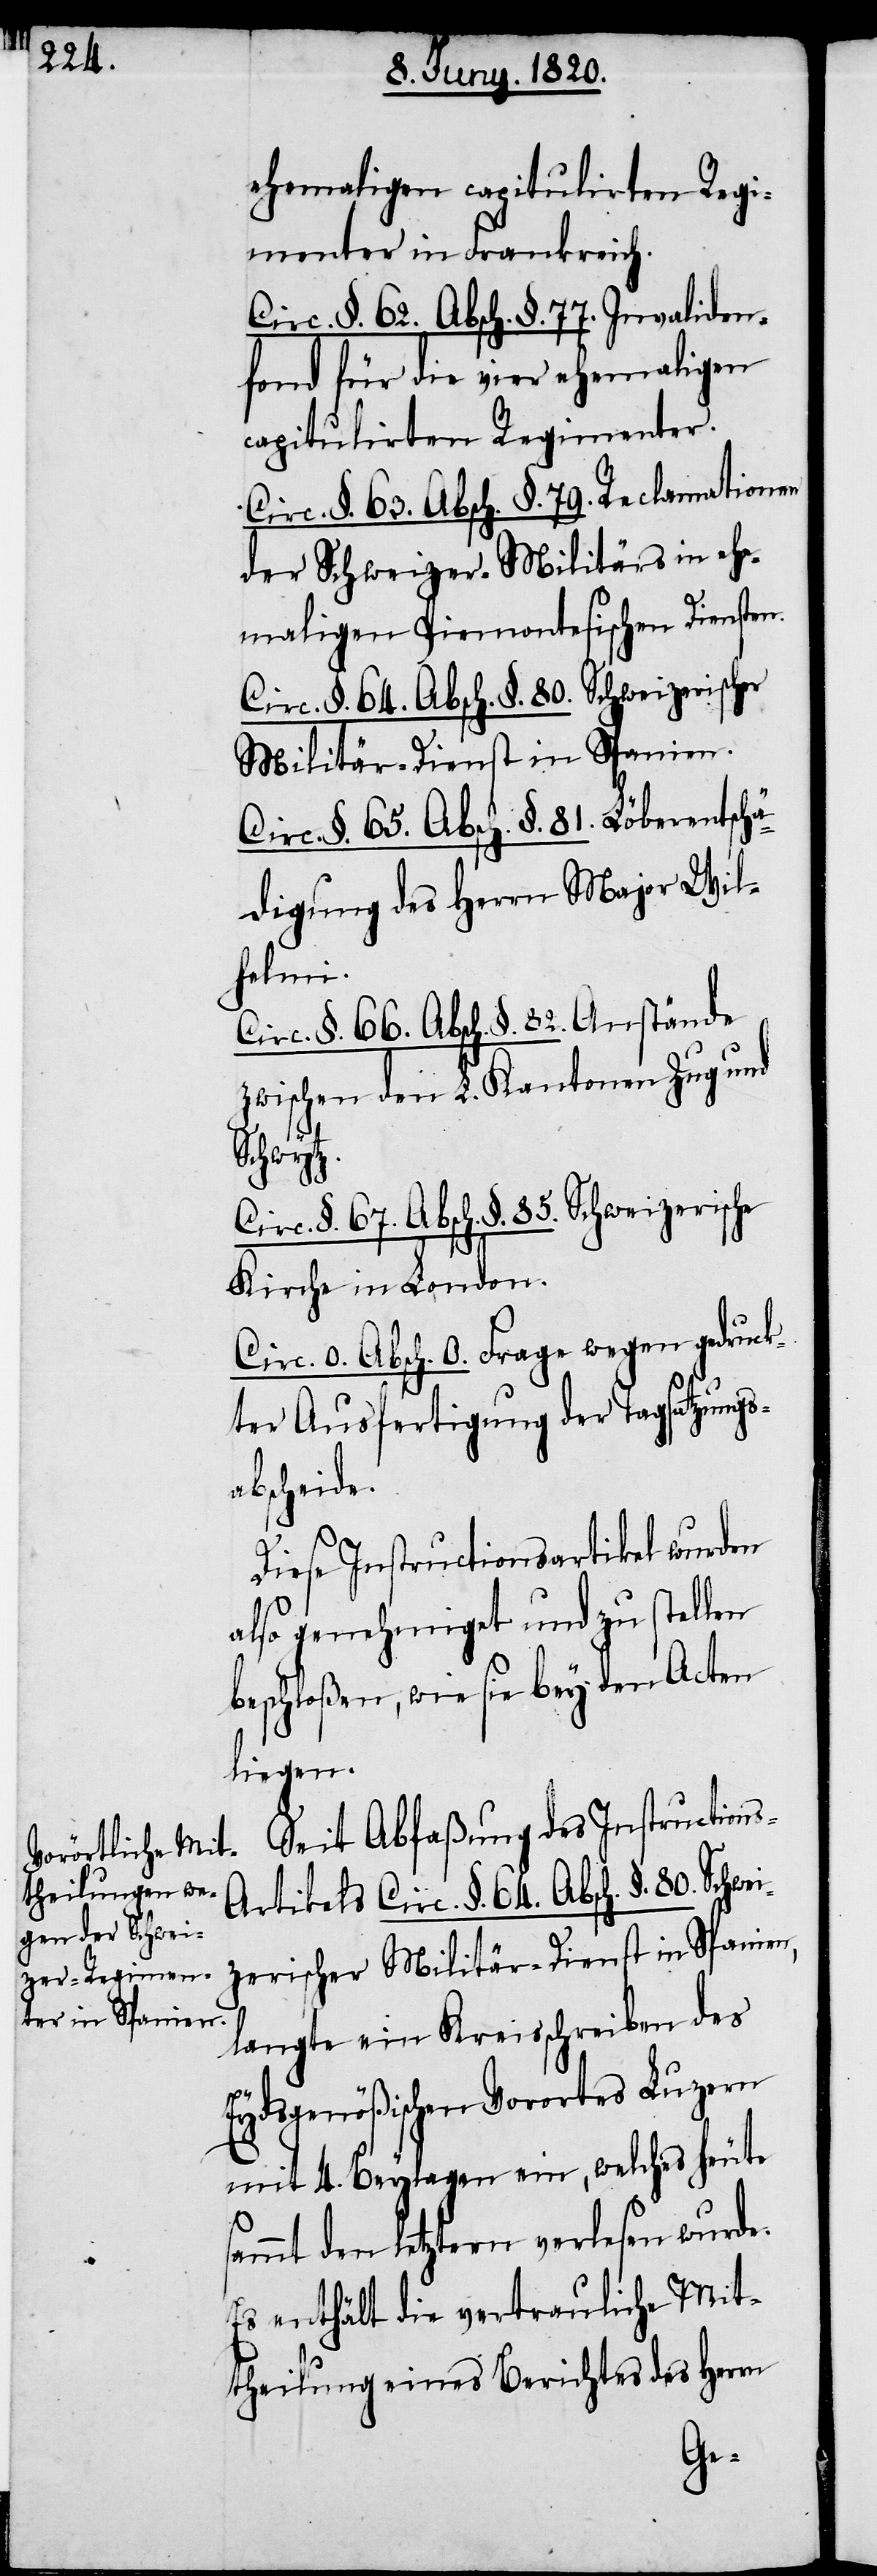
ehemaligen capitulirten Regi¬
menter in Frankreich.
Circ. §. 62. Absch. §. 77. Invaliden¬
fond für die vier ehemaligen
capitulirten Regimenter.
Circ. §. 63. Absch. §. 79. Reclamationen
der Schweizer-Militärs in ehe¬
maligen Piemontesischen Diensten.
Circ. §. 64. Absch. §. 80. Schweizerischer
Militär-Dienst in Spanien,
Circ. §. 65. Absch. §. 81. Löberentschä¬
digung des Herrn Major Wil¬
s-Artikels
Circ. §. 66. Absch. §. 82. Anstände
zwischen den L. Kantonen Zug und
s¬
Schwytz.
Kirche in London.
Circ. 0. Absch. 0. Frage wegen gedrück¬
ter Ausfertigung der Tagsatzungs¬
abscheide.
Diese Instructionsartikel wurden
also genehmiget und zu stellen
beschloßen, wie sie bey den Acten
liegen.
Seit Abfassung des Instruction¬
langte ein Kreisschreiben des
Eydsgenößischen Vorortes Luzern
mit 4. Beylagen ein, welches heute
ammt den letztern verlesen wurde.
Es enthält die vertrauliche Mit¬
theilung eines Berichtes des Herrn